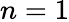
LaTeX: n=1